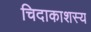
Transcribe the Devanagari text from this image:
चिदाकाशस्य